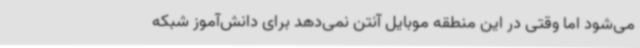
می‌شود اما وقتی در این منطقه موبایل آنتن نمی‌دهد برای دانش‌آموز شبکه